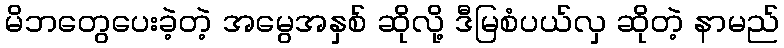
မိဘတွေပေးခဲ့တဲ့ အမွေအနှစ် ဆိုလို့ ဒီမြစံပယ်လှ ဆိုတဲ့ နာမည်